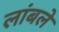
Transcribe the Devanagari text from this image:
लांबले